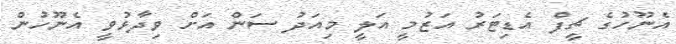
އެނޫހުގެ ޗީފް އެޑިޓަރު އަޒުމީ އަލީ މިއަދު ސަން އަށް ވިދާޅުވީ އެނޫހުން